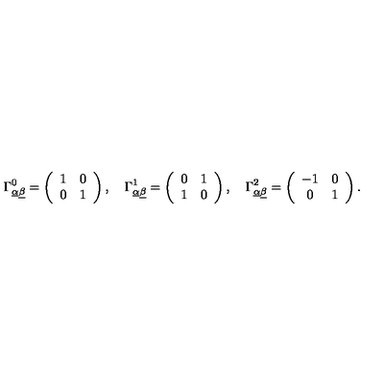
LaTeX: \Gamma _ { \underline { \alpha } \underline { \beta } } ^ { 0 } = \left( \begin{array} { c c } { 1 } & { 0 } \\ { 0 } & { 1 } \\ \end{array} \right) , \quad \Gamma _ { \underline { \alpha } \underline { \beta } } ^ { 1 } = \left( \begin{array} { c c } { 0 } & { 1 } \\ { 1 } & { 0 } \\ \end{array} \right) , \quad \Gamma _ { \underline { \alpha } \underline { \beta } } ^ { 2 } = \left( \begin{array} { c c } { - 1 } & { 0 } \\ { 0 } & { 1 } \\ \end{array} \right) .